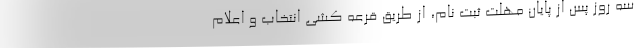
سه روز پس از پایان مهلت ثبت نام، از طریق قرعه کشی انتخاب و اعلام